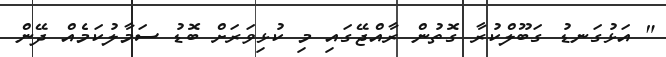
" އަޅުގަނޑު ގަބޫލްކުރާ ގޮތުން ރާއްޖޭގައި މި ކުޅިވަރަށް ބޮޑު ސަމާލުކަމެއް ދޭން